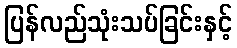
ပြန်လည်သုံးသပ်ခြင်းနှင့်